Vital statistics of India. Vol. VI, European troops 1870-79
Year: 1870
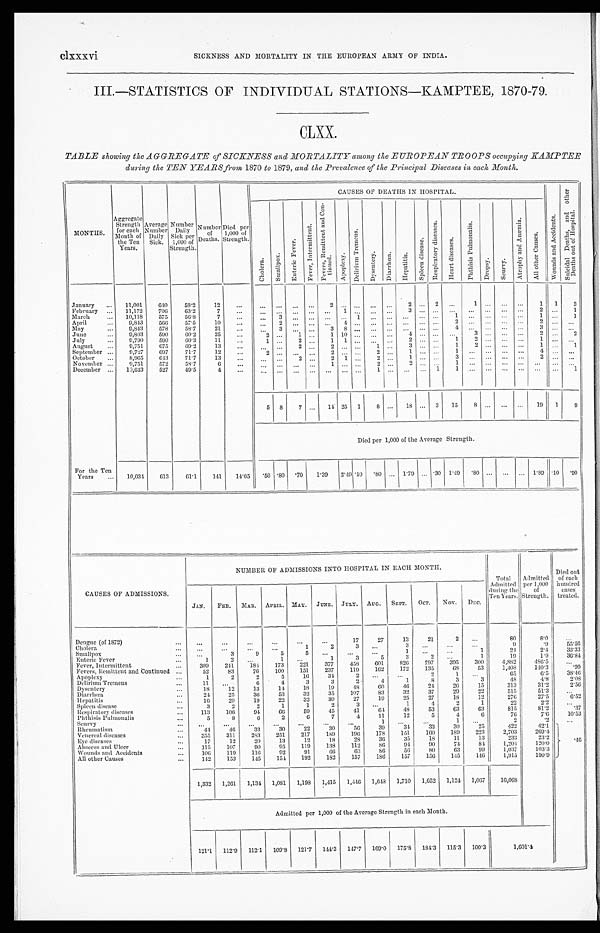
clxxxvi SICKNESS AND MORTALITY IN THE EUROPEAN ARMY OF INDIA.
III.—STATISTICS OF INDIVIDUAL STATIONS—KAMPTEE, 1870-79.
CLXX.
TABLE showing the AGGREGATE of SICKNESS and MORTALITY among the EUROPEAN TROOPS occupying KAMPTEE
during the TEN YEARS from 1870 to 1879, and the Prevalence of the Principal Diseases in each Month.
MONTHS.
Aggregate
Strength
for each
Month of
the Ten
Years.
Average
Number
Daily
Sick.
Number
Daily
Sick per
1,000 of
Strength.
Number
of
Deaths.
Died per
1,000 of
Strength.
CAUSES OF DEATHS IN HOSPITAL.
W o u n d s a n d A c c i d e n t s .
S u i c i d a l D e a t h s , a n d o t h e r
D e a t h s o u t o f H o s p i t a l .
C h o l e r a .
S m a l l p o x .
E n t e r i c F e v e r .
F e v e r , I n t e r m i t t e n t .
F e v e r , R e m i t t e n t a n d C o n -
t i n u e d .
A p o p l e x y .
D e l i r i u m T r e m e n s .
D y s e n t e r y .
D i a r r h œ a .
H e p a t i t i s .
S p l e e n d i s e a s e .
R e s p i r a t o r y d i s e a s e s .
H e a r t d i s e a s e s .
P h t h i s i s P u l m o n a l i s .
D r o p s y .
S c u r v y .
A t r o p h y a n d A n æ m i a .
A l l o t h e r C a u s e s .
January 11,001
640
58.2
12
...
... . . . ...
. . .
2 ...
. . . . . .
. . . 2 ...
2 . . . 1
. . .
. . .
. . .
1 1
3
February
11,172
706 63.2
7
. . .
... ... ... ... ... 1
. . . ...
. . . 3 ...
. . . . . . ...
. . .
. . .
. . . 2 ...
1
March
10,118
575
56.8
7
. . .
...
3 ...
. . .
. . .
...
1
. . .
. . . ... ...
. . . 1 ...
. . .
. . .
. . . 1 ...
1
April
9,843 566
57.5
10
. . .
... 2 ...
. . .
. . .
4
. . . . . .
. . . ... ...
. . . 2 ...
. . .
. . .
. . .
2 ...
. . .
May
9,843
578
58.7
21
. . .
...
3 ...
. . .
3 8
. . . . . .
. . . ... ...
. . . 4 ... ... ... ...
3 ...
. . .
June
9,803 590
6 0 . 2
25
. . .
••2 ... 1
. . .
1 10
. . . . . .
. . . 4 ...
. . . . . . 3
. . .
. . .
. . . 2 ...
2
July
9,790
590
60.3
11
. . .
1 ... 2
. . .
1 1
. . . . . .
. . . 2 ...
. . . 1 2
. . .
. . .
. . .
1 ...
. . .
August
9,751
675
69.2
1 3 ... ...
. . . 2
. . .
2 ...
. . . 1
. . . 3 ...
. . . 1
2 . . .
. . .
. . . 1 ...
1
September
9,727
697
71.7
12
... 2
. . . ...
. . .
2 ...
. . . 2
. . . 1 ...
. . .
1 ...
. . .
. . .
. . .
4 ...
. . .
October
8,965
643
71.7
13
. . . ...
...
2 ...
2 1 ...
2 ... 1 ...
. . .
3 ...
. . .
. . .
. . .
2 ...
. . .
November
9,751
572
58.7
6
...
...
. . .
...
. . .
1 ...
. . .
2 . . . 2 ...
. . . 1 ... ... ... ... ... ... ...
December
10,643 527
49.5
4
. . .
. . . ...
. . .
. . . ... ... ...
1 ... ... ... 1
1 ...
. . .
. . .
. . .
. . . ...
1
5 8 7 ... 14 25 1
8 ... 18 ... 3 15
8 ... ... ... 19 1
9
Died per 1,000 of the Average Strength.
For the Ten
Years
10,034 613
61.1
141
14.05
. 5 0 .80
. 70 1.39 2.49 .10 .80 ... 1.79 ... .30 1.49
. 8 0 ... ... ... 1.89 .10 .90
CAUSES OF ADMISSIONS.
NUMBER OF ADMISSIONS INTO HOSPITAL IN EACH MONTH.
Total
Admitted
during the
Ten Years.
Admitted
per 1,000
of
Strength.
Died out
of each
hundred
cases
treated.
JAN. FEB. MAR. APRIL. MAY. JUNE. JULY. AUG. SEPT. OCT. NOV. DEC.
Dengue (of 1872)
...
...
...
...
...
...
17
27
1 3
21
2
. . .
80
9
8 . 0
. . .
Cholera
. . .
. . .
...
. . .
1
2
3
. . .
3 ...
. . .
...
9
. 9
5 5 . 5 6
Smallpox
...
3
9
5
5
. . . ...
...
1 ...
...
1
2 4
2 . 4
3 3 . 3 3
Enteric Fever
1
2
. . .
1
. . .
1
3
5
3
2
. . .
1
1 9
1 . 9
3 6 . 8 4
Fever, Intermittent
309
241
184 173
221
377
458
601
826
797
395
300
4,882
4 8 6 . 5
. . .
Fevers, Remittent and Continued
52
83
76
100
151
237
119
162
172
135
"
68
53
1,408
1 4 0 . 3
. 9 9
Apoplexy
1
2
2
5
16
34
2
. . . ...
2
1
. . .
6 5
6 . 5
3 8 . 4 6
Delirium Tremens
11
. . .
6
4
3
3
2
4
1
8
3
3
4 8
4 . 8
2 . 0 8
Dysentery
18
12
13
14
18
19
48
60
46
24
26
15
313
31.2
2.56
Diarrhœa
24
25
36
53
32
35
107
83
32
37
29
22
515
51.3
...
Hepatitis
16
29
19
22
32
30
2 7
19
25
27
18
12
276
27.5
6.52
Spleen disease
3
2
2
1
1
2
3 ...
1
4
2
1
2 2
2 . 2
. . .
Respiratory diseases
113
106
94
66
59
45
41
64
48
53
63
63
8 1 5
8 1 . 2
. 3 7
Phthisis Pulmonalis
5
8
6
2
6
7
4
11
12
5
4
6
76
7.6
1 0 . 5 3
Scurvy
. . . ...
...
...
. . .
...
...
1
. . . ...
1 ...
2
. 2
. . .
Rheumatism
4 4
46
33
30
22
30
56
39
34
33
30
25
422
42.1
.46
Venereal diseases
3 5 5 311
283
251
217
189
196
178
151
160 189
223
2,703
269.4
Eye diseases
17
12
20
13
12
18
28
36
35
18
11
13
233
2 3 . 2
Abscess and Ulcer
1 1 5 107
90
95
119
138
112
86
94
9 0
74
84
1,204
1 2 0 . 0
Wounds and Accidents
106
119 116
92
91
66
63
86
56
80
63
99
1,037
103.3
All other Causes
142
153 145
154 192
182
157
186
157
156 145
146
1,915
190.9
1,332 1,261 1,134 1,081 1,198 1,415 1,446 1,648 1,710 1,652 1,124 1,067
16,068
Admitted per 1,000 of the Average Strength in each Month.
121.1 112.9 112.1 109.8 121.7 144.3 147.7 169.0 175.8 184.3 115.3 100.3
1 , 6 0 1 . 4